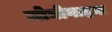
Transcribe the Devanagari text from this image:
मोनोगाइना